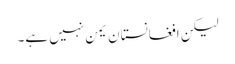
لیکن افغانستان یمن نہیں ہے۔